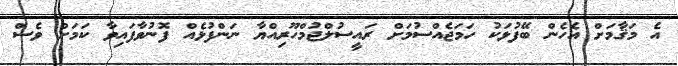
އެ މަޤާމަށް އެހެން ބޭފުޅަކު ހަމަޖެއްސުމަށް ރައީސުލްޖުމްހޫރިއްޔާ ނަންފުޅެއް ފޮނުވާފައިވާ ކަމަށް ވެސް